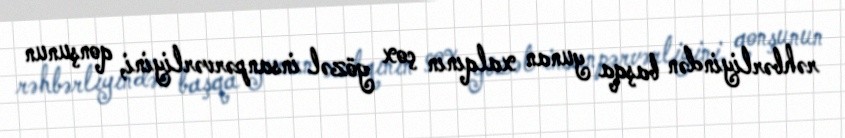
rəhbərliyindən başqa yunan xalqının çox gözəl insanpərvərliyini, qonşunun